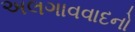
અલગાવવાદનો